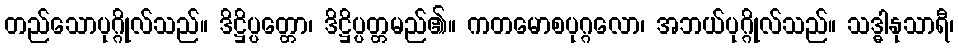
တည်သောပုဂ္ဂိုလ်သည်။ ဒိဋ္ဌိပ္ပတ္တော၊ ဒိဋ္ဌိပ္ပတ္တမည်၏။ ကတမောစပုဂ္ဂလော၊ အဘယ်ပုဂ္ဂိုလ်သည်။ သဒ္ဓါနုသာရီ၊